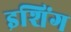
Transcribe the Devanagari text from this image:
इशिंग